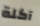
آكلة